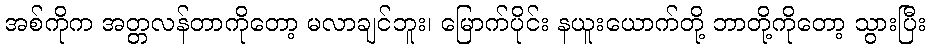
အစ်ကိုက အတ္တလန်တာကိုတော့ မလာချင်ဘူး၊ မြောက်ပိုင်း နယူးယောက်တို့ ဘာတို့ကိုတော့ သွားပြီး